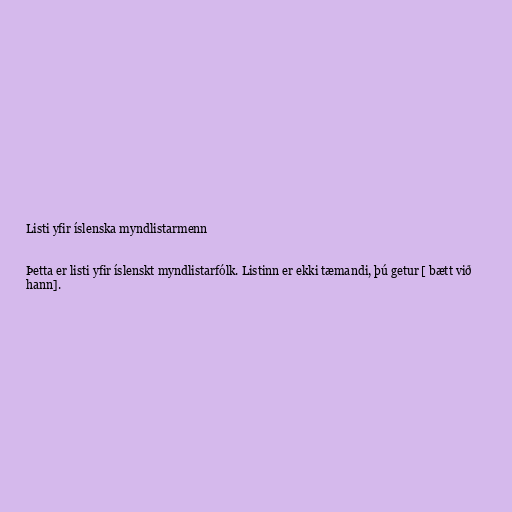
Listi yfir íslenska myndlistarmenn

Þetta er listi yfir íslenskt myndlistarfólk. Listinn er ekki tæmandi, þú getur [ bætt við
hann].